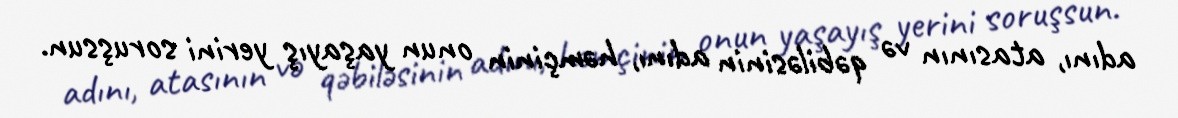
adını, atasının və qəbiləsinin adını, həmçinin onun yaşayış yerini soruşsun.